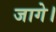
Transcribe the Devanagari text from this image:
जागे।